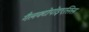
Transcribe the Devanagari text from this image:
गैलक्टोपोइएसिस